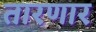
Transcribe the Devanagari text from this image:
तारणार